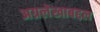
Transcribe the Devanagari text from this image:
अग्रलेखाबद्दल